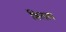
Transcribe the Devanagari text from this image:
शिलाप